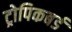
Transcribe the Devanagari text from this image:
ट्रोपिकबर्ड